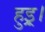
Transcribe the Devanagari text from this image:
हुइ्र।